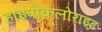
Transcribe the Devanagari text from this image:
हाइपोकलोराइट